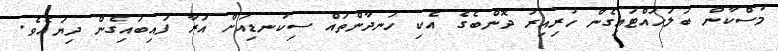
މުސްކާން ބަލަހައްޓައިގެން ހުރިއިރު ދޮންބެގެ އެކި ހަނދާންތައް ސިކުނޑިއަށް އަރާ ފައިބައިގެން ދިޔައެވެ.